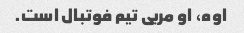
اوه، او مربی تیم فوتبال است.